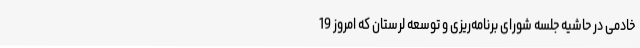
خادمی در حاشیه جلسه شورای برنامه‌ریزی و توسعه لرستان که امروز 19